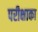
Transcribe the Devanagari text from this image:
परीक्षाका